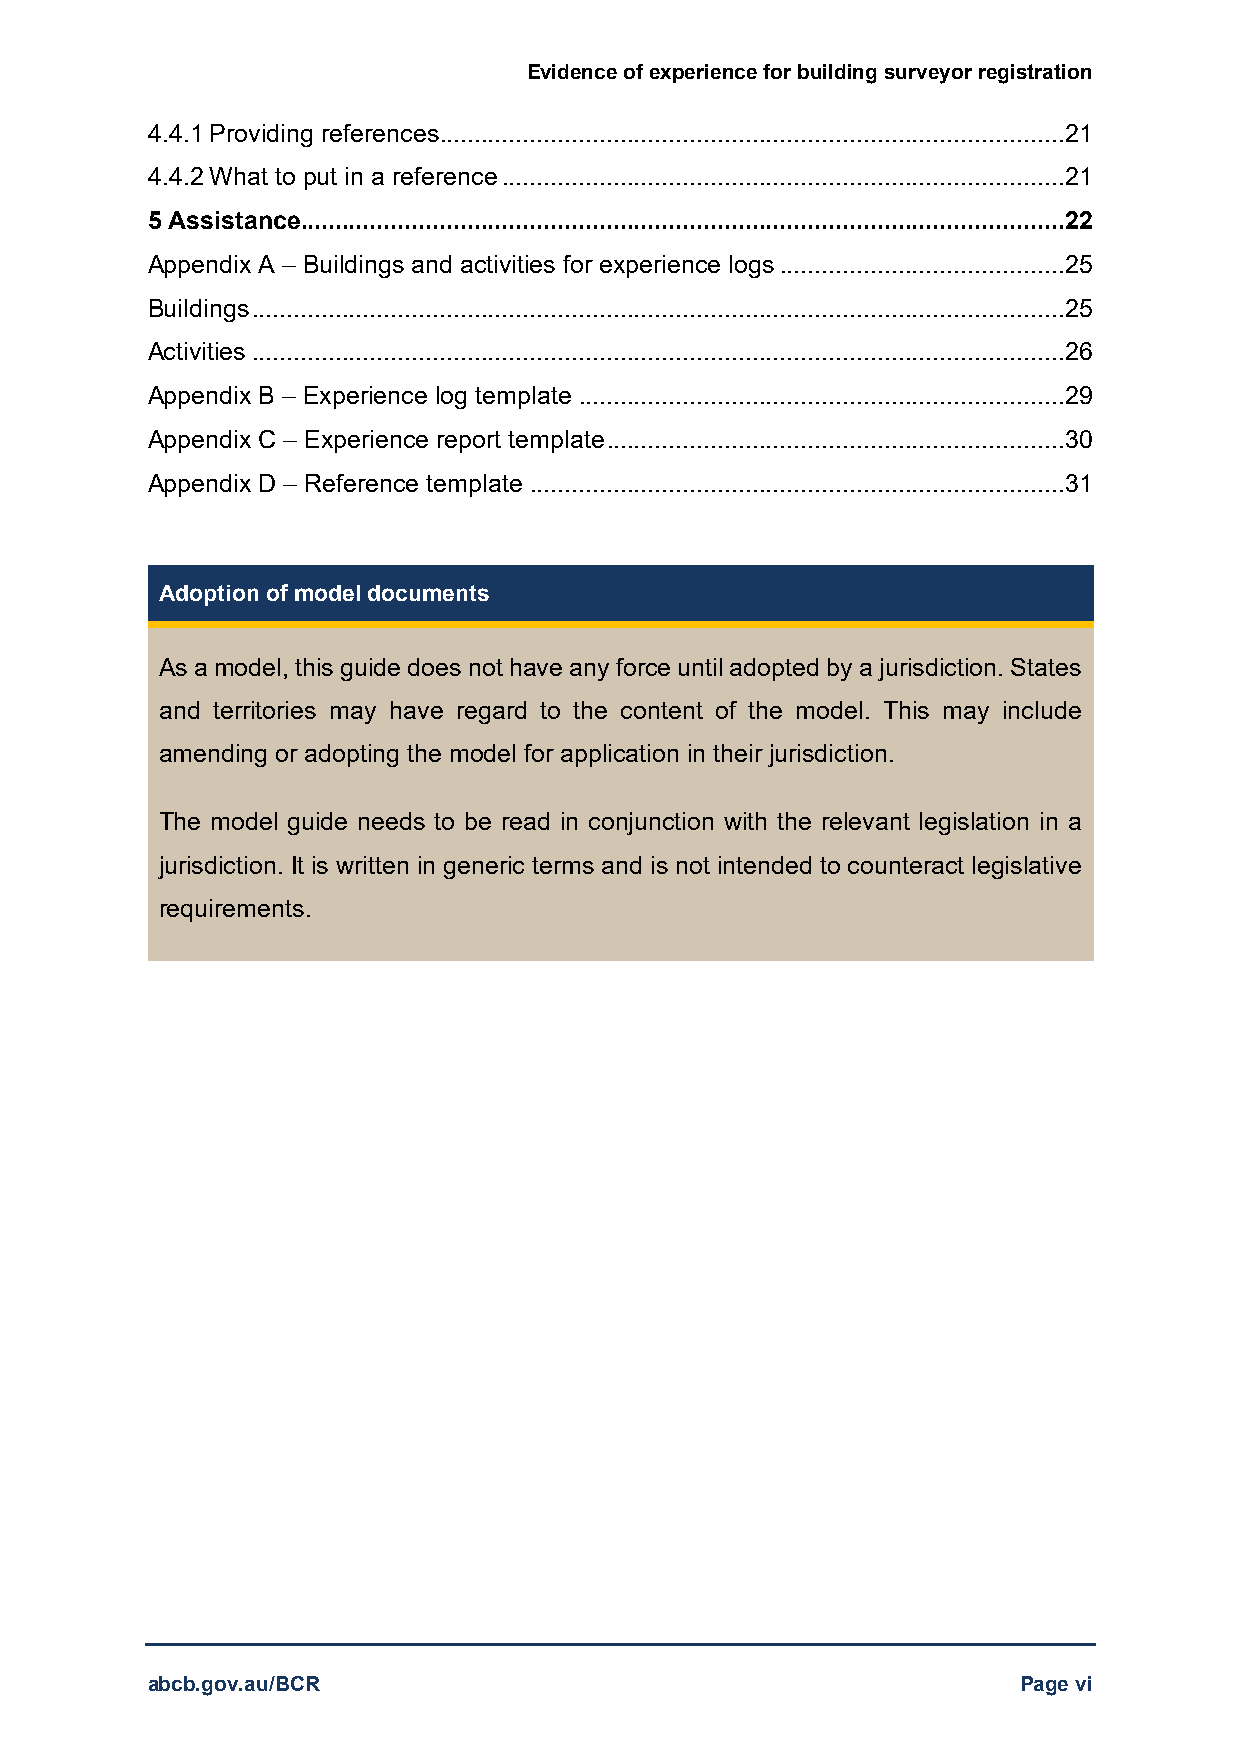
Evidence of experience for building surveyor registration
 4.4.1 Providing references..........................................................................................21
 4.4.2 What to put in a reference .................................................................................21
 5 Assistance..............................................................................................................22
 Appendix A – Buildings and activities for experience logs .........................................25
 Buildings.....................................................................................................................25
 Activities .....................................................................................................................26
 Appendix B – Experience log template ......................................................................29
 Appendix C – Experience report template..................................................................30
 Appendix D – Reference template .............................................................................31
 Adoption of model documents
 As a model, this guide does not have any force until adopted by a jurisdiction. States
 and territories may have regard to the content of the model. This may include
 amending or adopting the model for application in their jurisdiction.
 The model guide needs to be read in conjunction with the relevant legislation in a
 jurisdiction. It is written in generic terms and is not intended to counteract legislative
 requirements.
 abcb.gov.au/BCR                                           Page vi